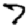
Digit: 7